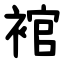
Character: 䘾